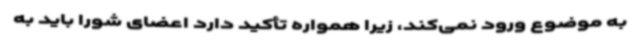
به موضوع ورود نمی‌کند، زیرا همواره‌ تأکید دارد اعضای شورا باید به